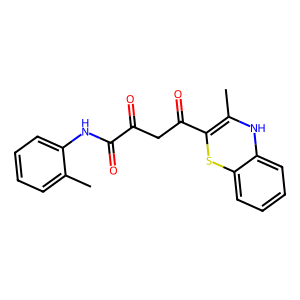
SMILES: CC1=C(C(=O)CC(=O)C(=O)Nc2ccccc2C)Sc2ccccc2N1
Inhibits HIV replication: No